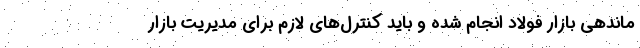
ماندهي بازار فولاد انجام شده و بايد كنترل‌هاي لازم براي مديريت بازار